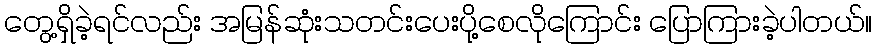
တွေ့ရှိခဲ့ရင်လည်း အမြန်ဆုံးသတင်းပေးပို့စေလိုကြောင်း ပြောကြားခဲ့ပါတယ်။